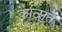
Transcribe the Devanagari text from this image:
कात्सुते